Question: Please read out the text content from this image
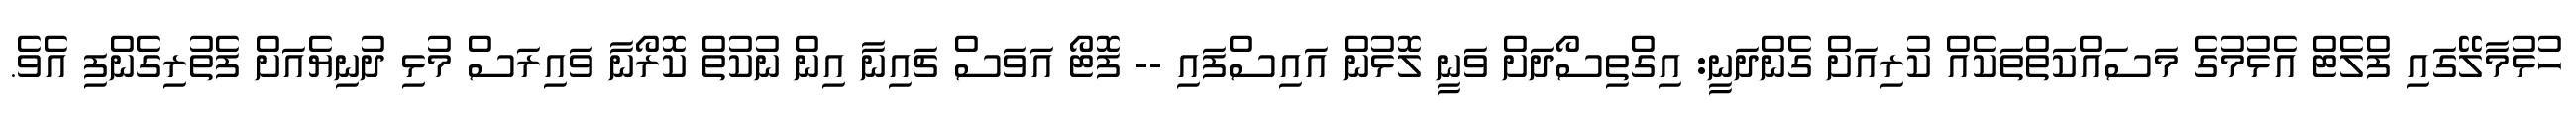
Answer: ހުޅުމާލޭގައި ފްލެޓް އެޅުމުގެ މަސައްކަތްތަކެއް ކުރިއަށް ގެންދަނީ: އިގްތިސޯދަށް ވަނީ ލޮޅުން އައިސްފައި -- ފޮޓޯ އަވަސް ޗައިނާ އިން ނުކުތް ކޮރޯނާ ވައިރަސް މުޅި ދުނިޔެއަށް ފެތުރިގެންފި އެވެ.